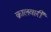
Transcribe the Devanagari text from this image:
क्रालवारी